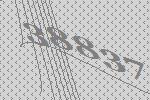
38837